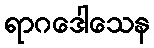
ရာဂဒေါသေန